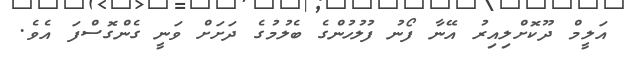
އަލީމް ދޫކޮށްލިއިރު އޭނާ ފޯނު ފުލުހުންގެ ބެލުމުގެ ދަށަށް ވަނީ ގެންގޮސްފަ އެވެ.